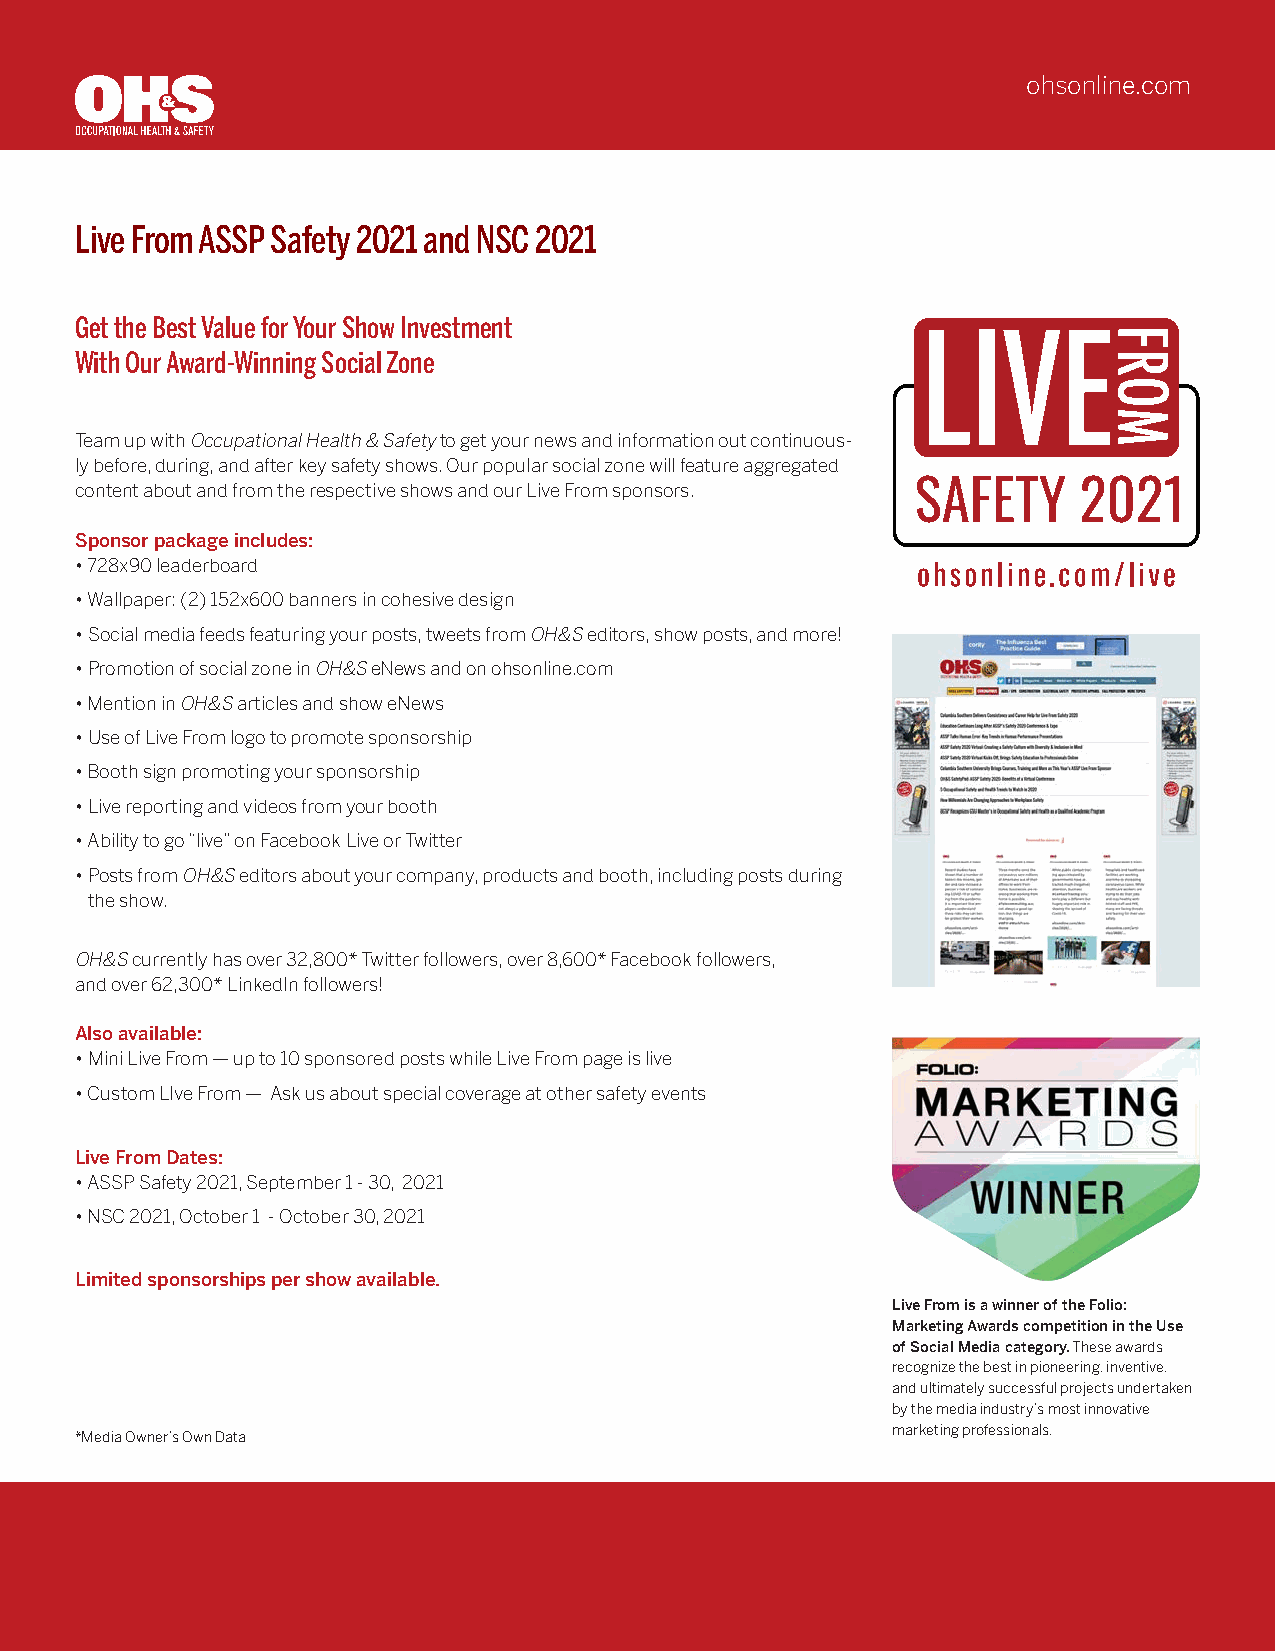
ohsonline.com
 Live From ASSP Safety 2021 and NSC 2021
 Get the Best Value for Your Show Investment
 With Our Award-Winning Social Zone
 Team up with Occupational Health & Safety to get your news and information out continuous-
 ly before, during, and after key safety shows. Our popular social zone will feature aggregated
 content about and from the respective shows and our Live From sponsors.
 Sponsor package includes:
 • 728x90 leaderboard
 • Wallpaper: (2) 152x600 banners in cohesive design
 • Social media feeds featuring your posts, tweets from OH&S editors, show posts, and more!
 • Promotion of social zone in OH&S eNews and on ohsonline.com
 • Mention in OH&S articles and show eNews
 • Use of Live From logo to promote sponsorship
 • Booth sign promoting your sponsorship
 • Live reporting and videos from your booth
 • Ability to go “live” on Facebook Live or Twitter
 • Posts from OH&S editors about your company, products and booth, including posts during
 the show.
 OH&S currently has over 32,800* Twitter followers, over 8,600* Facebook followers,
 and over 62,300* LinkedIn followers!
 Also available:
 • Mini Live From — up to 10 sponsored posts while Live From page is live
 • Custom LIve From — Ask us about special coverage at other safety events
 Live From Dates:
 • ASSP Safety 2021, September 1 - 30, 2021
 • NSC 2021, October 1 - October 30, 2021
 Limited sponsorships per show available.
 Live From is a winner of the Folio:
 Marketing Awards competition in the Use
 of Social Media category. These awards
 recognize the best in pioneering, inventive,
 and ultimately successful projects undertaken
 by the media industry’s most innovative
 marketing professionals.
 *Media Owner’s Own Data